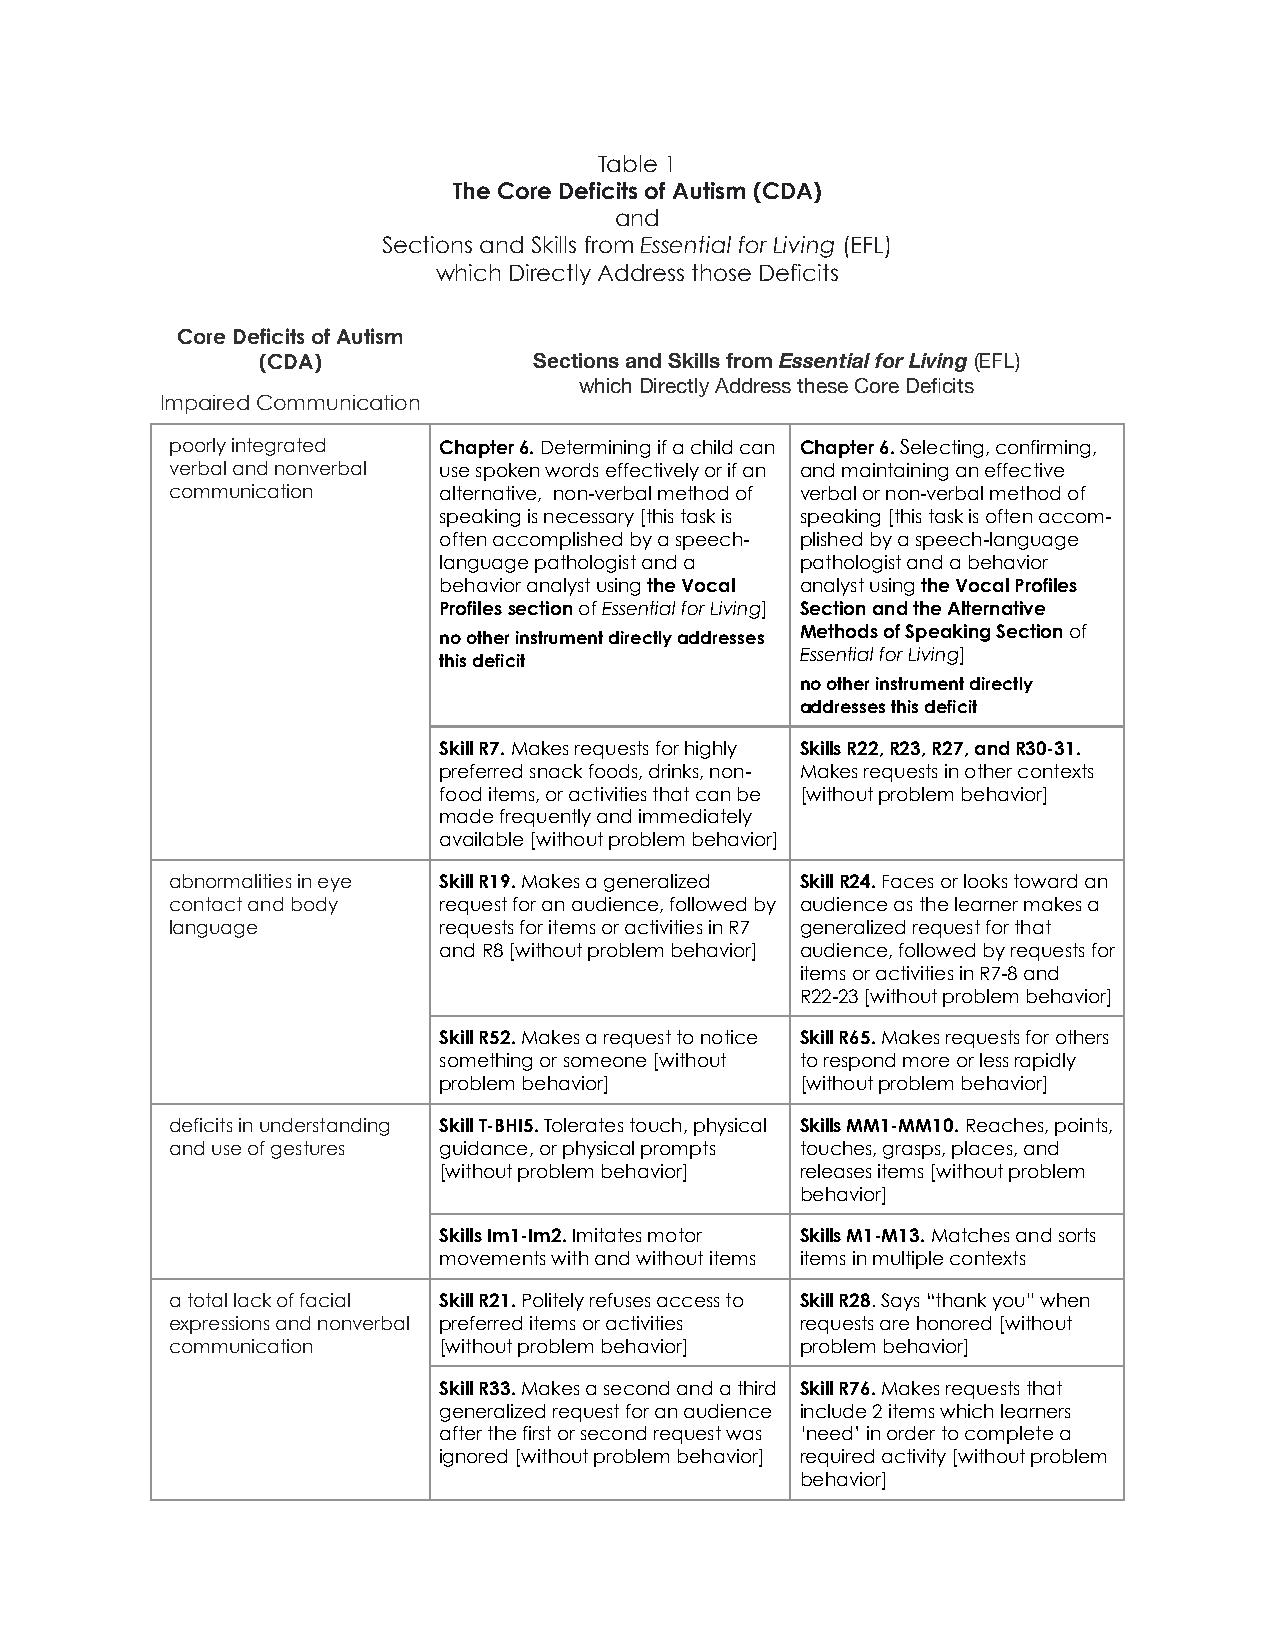
Table 1
 The Core Deficits of Autism (CDA)
 and
 Sections and Skills from Essential for Living (EFL)
 which Directly Address those Deficits
 Core Deficits of Autism
 (CDA)             Sections and Skills from Essential for Living (EFL)
 which Directly Address these Core Deficits
 Impaired Communication
 poorly integrated Chapter 6. Determining if a child can Chapter 6. Selecting, confirming,
 verbal and nonverbal use spoken words effectively or if an and maintaining an effective
 communication     alternative, non-verbal method of verbal or non-verbal method of
 speaking is necessary [this task is speaking [this task is often accom-
 often accomplished by a speech- plished by a speech-language
 language pathologist and a pathologist and a behavior
 behavior analyst using the Vocal analyst using the Vocal Profiles
 Profiles section of Essential for Living] Section and the Alternative
 Methods of Speaking Section of
 no other instrument directly addresses
 Essential for Living]
 this deficit
 no other instrument directly
 addresses this deficit
 Skill R7. Makes requests for highly Skills R22, R23, R27, and R30-31.
 preferred snack foods, drinks, non- Makes requests in other contexts
 food items, or activities that can be [without problem behavior]
 made frequently and immediately
 available [without problem behavior]
 abnormalities in eye Skill R19. Makes a generalized Skill R24. Faces or looks toward an
 contact and body  request for an audience, followed by audience as the learner makes a
 language          requests for items or activities in R7 generalized request for that
 and R8 [without problem behavior] audience, followed by requests for
 items or activities in R7-8 and
 R22-23 [without problem behavior]
 Skill R52. Makes a request to notice Skill R65. Makes requests for others
 something or someone [without to respond more or less rapidly
 problem behavior]       [without problem behavior]
 deficits in understanding Skill T-BHI5. Tolerates touch, physical Skills MM1-MM10. Reaches, points,
 and use of gestures guidance, or physical prompts touches, grasps, places, and
 [without problem behavior] releases items [without problem
 behavior]
 Skills Im1-Im2. Imitates motor Skills M1-M13. Matches and sorts
 movements with and without items items in multiple contexts
 a total lack of facial Skill R21. Politely refuses access to Skill R28. Says “thank you” when
 expressions and nonverbal preferred items or activities requests are honored [without
 communication     [without problem behavior] problem behavior]
 Skill R33. Makes a second and a third Skill R76. Makes requests that
 generalized request for an audience include 2 items which learners
 after the first or second request was ‘need’ in order to complete a
 ignored [without problem behavior] required activity [without problem
 behavior]